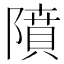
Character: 隫